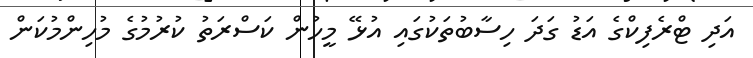
އަދި ޓްރެފިކްގެ އަޑު ގަދަ ހިސާބުތަކުގައި އުޅޭ މީހުން ކަސްރަތު ކުރުމުގެ މުހިންމުކަން